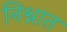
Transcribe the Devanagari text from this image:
निश्नात